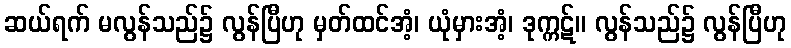
ဆယ်ရက် မလွန်သည်၌ လွန်ပြီဟု မှတ်ထင်အံ့၊ ယုံမှားအံ့၊ ဒုက္ကဋ်။ လွန်သည်၌ လွန်ပြီဟု